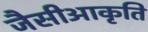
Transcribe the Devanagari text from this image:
जैसीआकृति